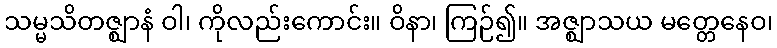
သမ္မသိတဇ္ဈာနံ ဝါ၊ ကိုလည်းကောင်း။ ဝိနာ၊ ကြဉ်၍။ အဇ္ဈာသယ မတ္တေနေဝ၊